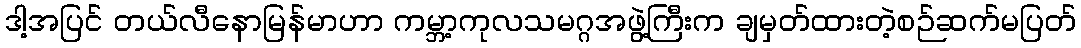
ဒါ့အပြင် တယ်လီနောမြန်မာဟာ ကမ္ဘာ့ကုလသမဂ္ဂအဖွဲ့ကြီးက ချမှတ်ထားတဲ့စဉ်ဆက်မပြတ်